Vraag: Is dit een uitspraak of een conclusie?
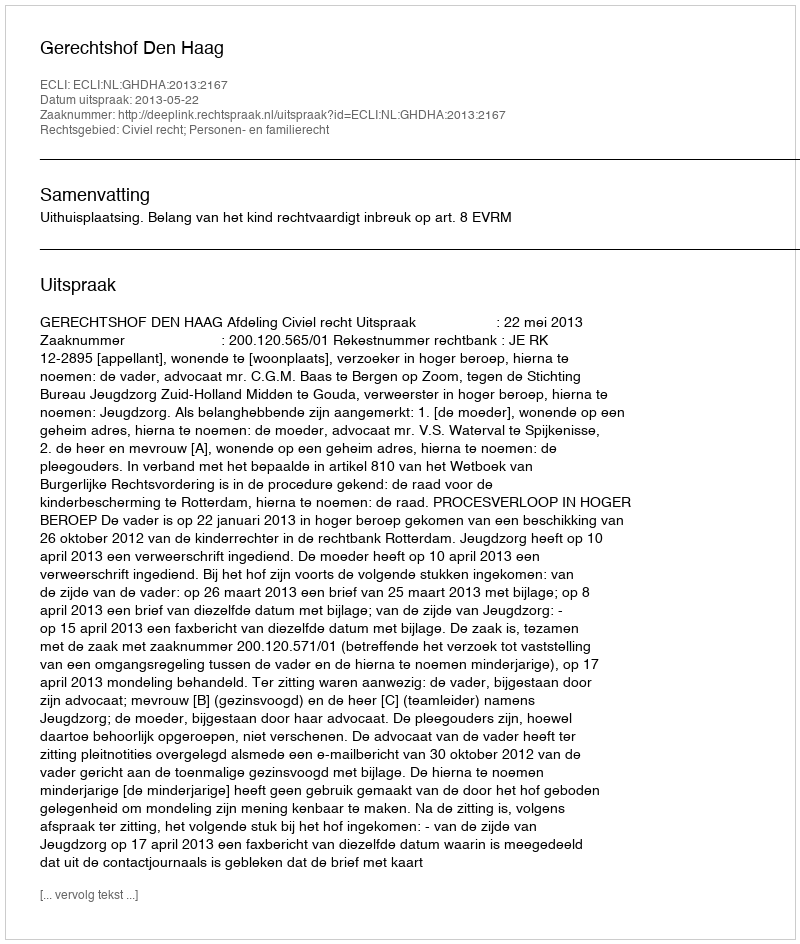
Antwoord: Uitspraak